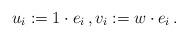
LaTeX: \begin{align*}u_i := 1\cdot e_i \, , v_i := w\cdot e_i \, .\end{align*}